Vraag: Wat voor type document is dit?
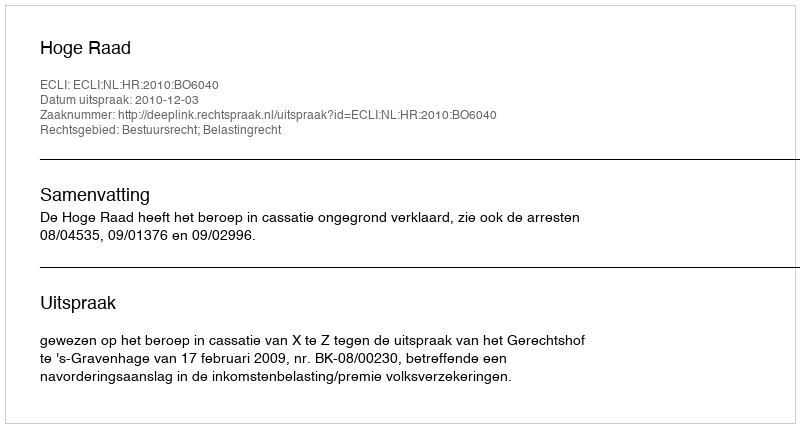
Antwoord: Uitspraak